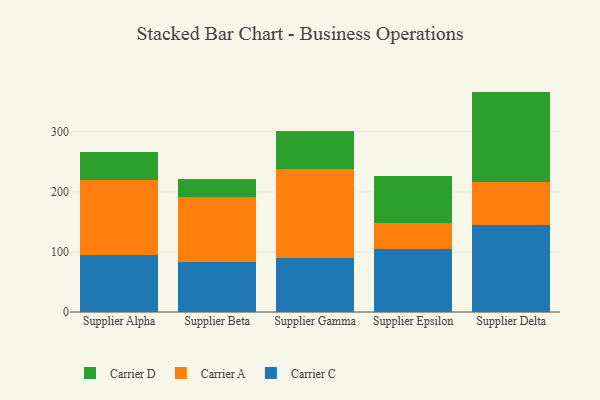
{"axis": {"x": "Supplier", "y": "Churn Rate (%)"}, "legend": ["Carrier A", "Carrier C", "Carrier D"], "data": [{"x": "Supplier Alpha", "y": 94.8, "type": "Carrier C"}, {"x": "Supplier Alpha", "y": 125.4, "type": "Carrier A"}, {"x": "Supplier Alpha", "y": 45.9, "type": "Carrier D"}, {"x": "Supplier Beta", "y": 83.3, "type": "Carrier C"}, {"x": "Supplier Beta", "y": 107.6, "type": "Carrier A"}, {"x": "Supplier Beta", "y": 30.8, "type": "Carrier D"}, {"x": "Supplier Gamma", "y": 90.2, "type": "Carrier C"}, {"x": "Supplier Gamma", "y": 147.3, "type": "Carrier A"}, {"x": "Supplier Gamma", "y": 64.7, "type": "Carrier D"}, {"x": "Supplier Epsilon", "y": 104.9, "type": "Carrier C"}, {"x": "Supplier Epsilon", "y": 43.6, "type": "Carrier A"}, {"x": "Supplier Epsilon", "y": 78.0, "type": "Carrier D"}, {"x": "Supplier Delta", "y": 144.9, "type": "Carrier C"}, {"x": "Supplier Delta", "y": 71.7, "type": "Carrier A"}, {"x": "Supplier Delta", "y": 150.4, "type": "Carrier D"}]}